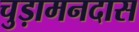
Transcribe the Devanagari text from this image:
चुड़ामनदास